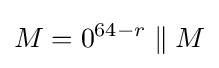
M=0^{64-r}\parallel M